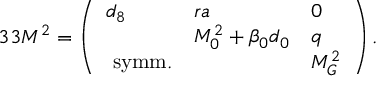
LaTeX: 3 3 { \cal M } ^ { 2 } = \left( \begin{array} { l l l } { { d _ { 8 } } } & { { r a } } & { { 0 } } \\ { { } } & { { M _ { 0 } ^ { 2 } + \beta _ { 0 } d _ { 0 } } } & { { q } } \\ { { \mathrm { ~ s y m m . } } } & { { } } & { { M _ { G } ^ { 2 } } } \end{array} \right) .